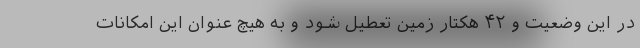
در این وضعیت و ۴۲ هکتار زمین تعطیل شود و به هیچ عنوان این امکانات